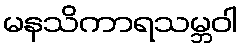
မနသိကာရသမ္ဘဝါ